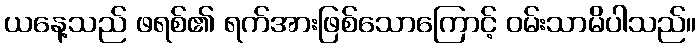
ယနေ့သည် ဖရစ်၏ ရက်အားဖြစ်သောကြောင့် ဝမ်းသာမိပါသည်။